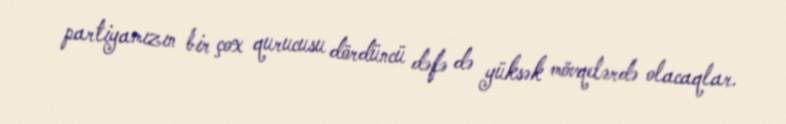
partiyamızın bir çox qurucusu dördüncü dəfə də yüksək mövqelərdə olacaqlar.